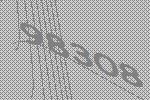
98308